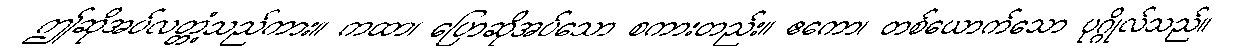
ဤဆိုအပ်လတ္တံ့သည်ကား။ ကထာ၊ ပြောဆိုအပ်သော စကားတည်း။ ဧကော၊ တစ်ယောက်သော ပုဂ္ဂိုလ်သည်။